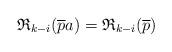
LaTeX: \begin{align*}\mathfrak{R}_{k-i}(\overline{p}a)=\mathfrak{R}_{k-i}(\overline{p})\end{align*}